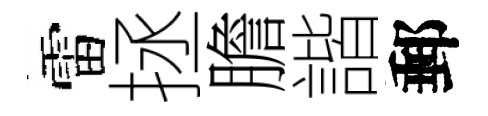
雷拯膽諧郵